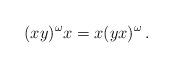
LaTeX: \begin{align*}(xy)^{\omega}x = x(yx)^{\omega}\,.\end{align*}